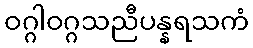
ဝဂ္ဂါဝဂ္ဂသညီပန္နရသကံ